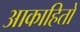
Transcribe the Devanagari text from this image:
आकाहितो